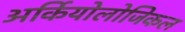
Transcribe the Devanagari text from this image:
अर्कियोलोजिकल